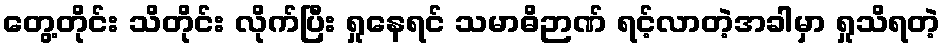
တွေ့တိုင်း သိတိုင်း လိုက်ပြီး ရှုနေရင် သမာဓိဉာဏ် ရင့်လာတဲ့အခါမှာ ရှုသိရတဲ့